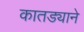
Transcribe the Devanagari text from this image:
कातड्याने